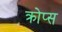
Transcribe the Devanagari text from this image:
क्रोप्स